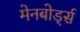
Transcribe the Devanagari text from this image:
मेनबोर्ड्स